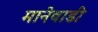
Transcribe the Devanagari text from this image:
मानेवाडी